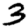
Digit: 3